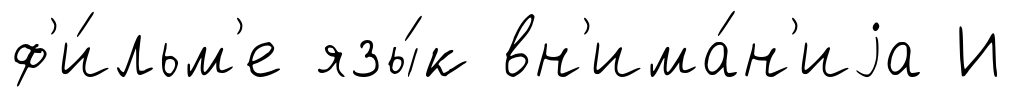
ф'и́льм'е язы́к вн'има́н'иjа И